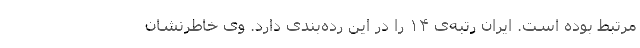
مرتبط بوده است. ایران رتبه‌ی ۱۴ را در این رده‌بندی دارد. وی خاطرنشان